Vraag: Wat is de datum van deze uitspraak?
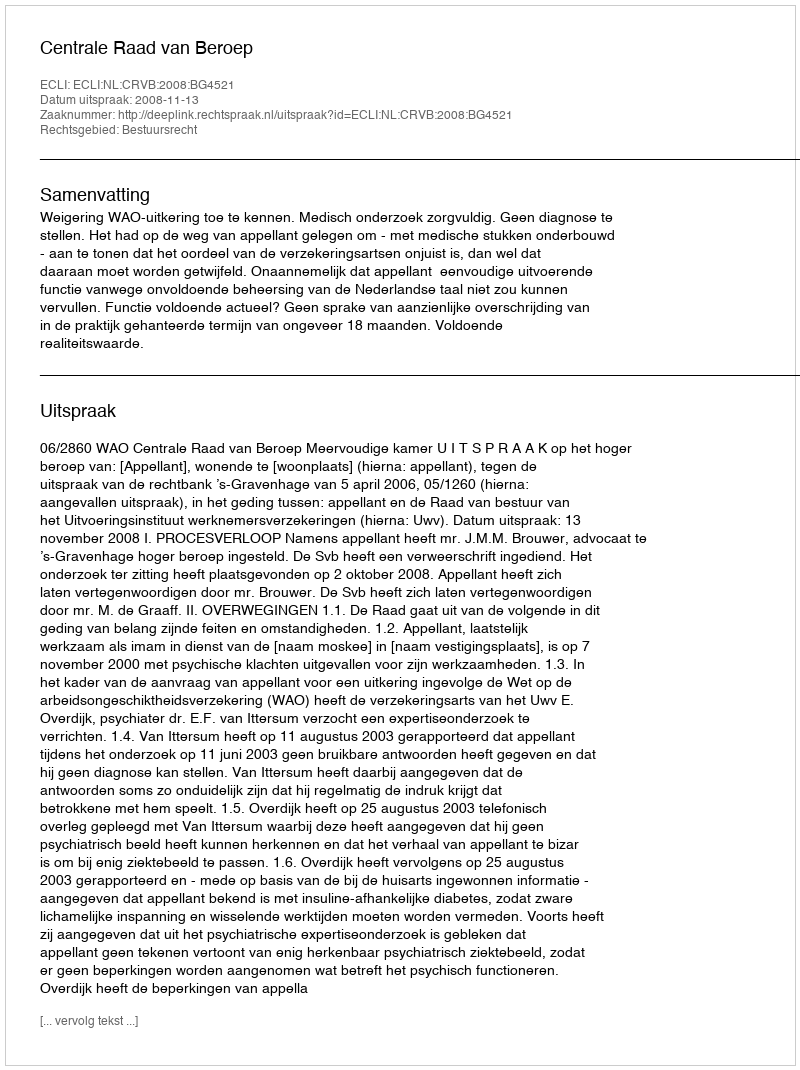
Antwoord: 2008-11-13